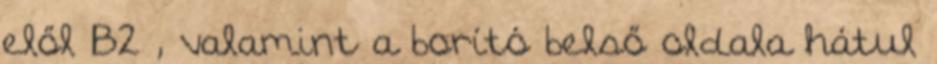
elől B2 , valamint a borító belső oldala hátul